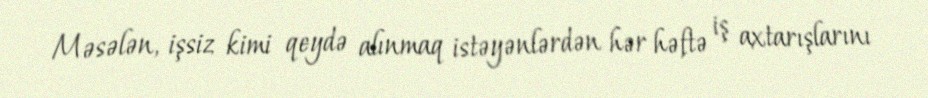
Məsələn, işsiz kimi qeydə alınmaq istəyənlərdən hər həftə iş axtarışlarını